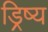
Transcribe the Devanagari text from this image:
ड्रिष्य